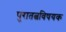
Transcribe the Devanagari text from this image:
पुरातत्वविषयक